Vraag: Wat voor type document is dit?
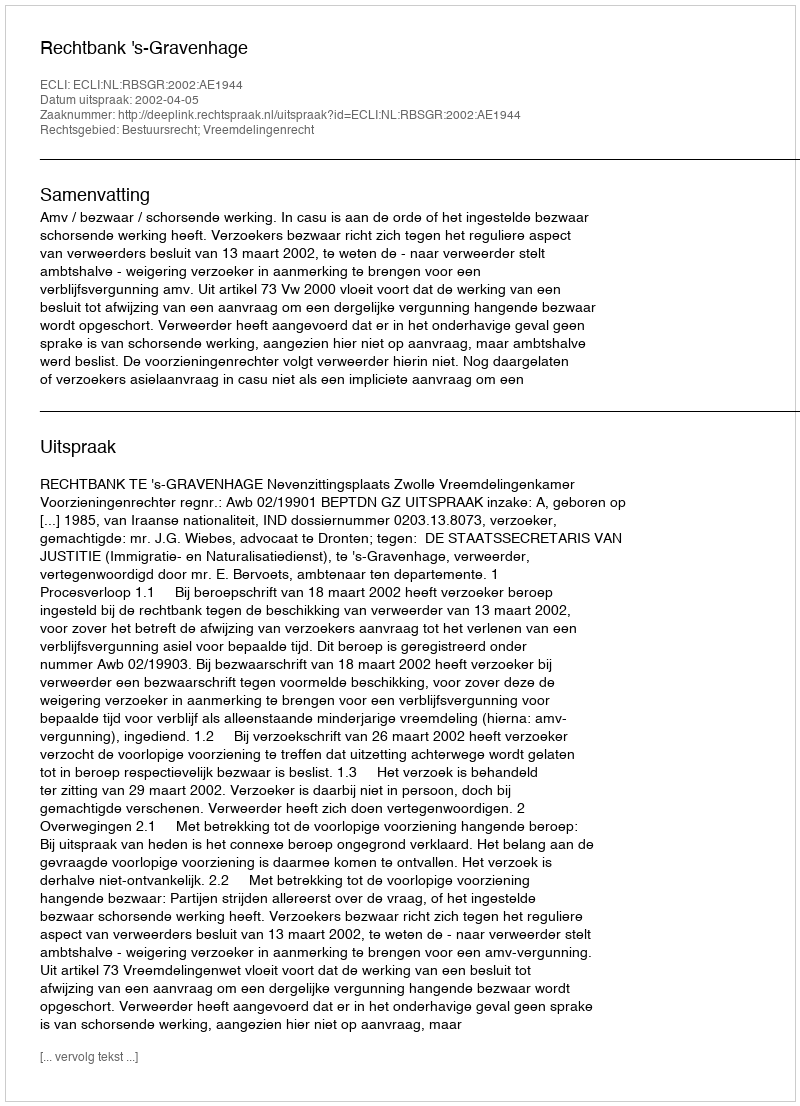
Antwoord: Uitspraak